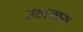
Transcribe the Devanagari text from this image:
उठाजास